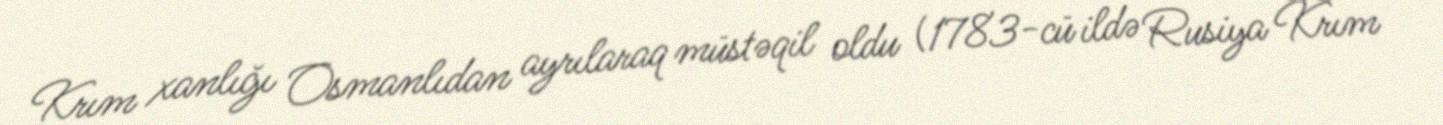
Krım xanlığı Osmanlıdan ayrılaraq müstəqil oldu (1783-cü ildə Rusiya Krım